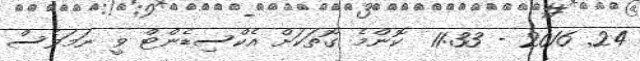
24